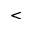
<